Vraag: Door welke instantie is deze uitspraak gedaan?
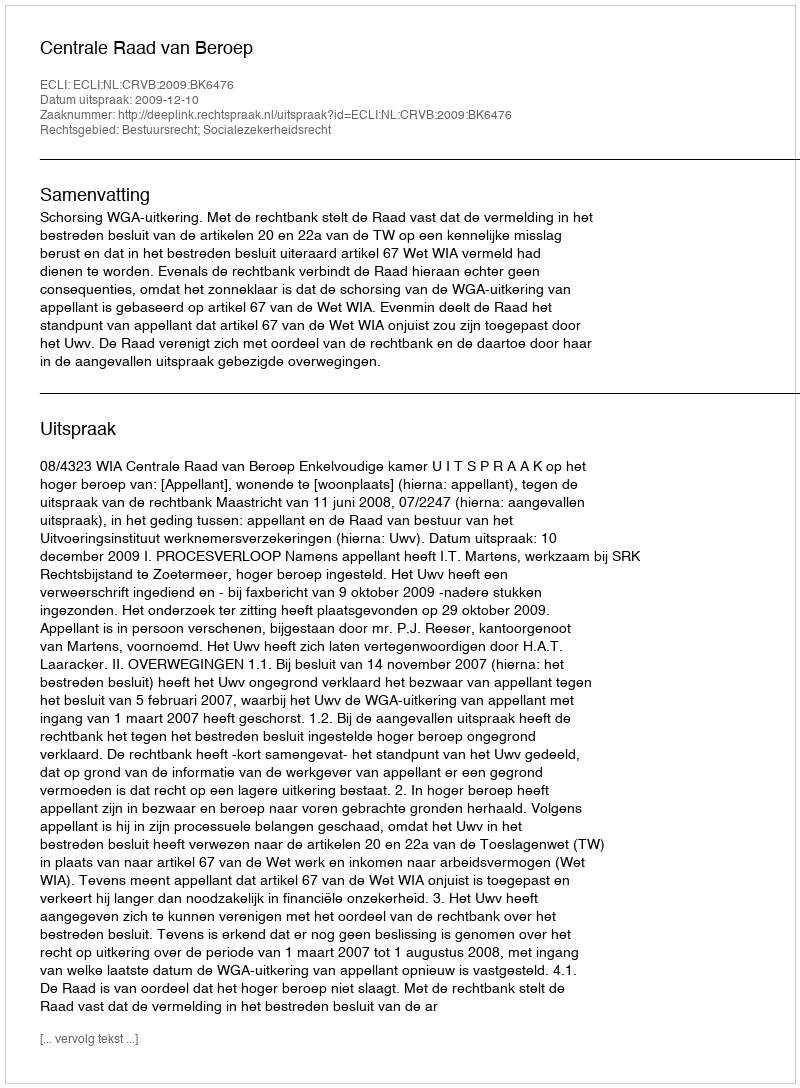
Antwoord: Centrale Raad van Beroep